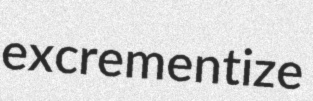
excrementize